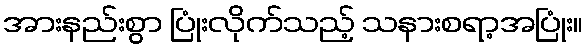
အားနည်းစွာ ပြုံးလိုက်သည့် သနားစရာ့အပြုံး။